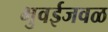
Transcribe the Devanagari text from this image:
भुवईजवळ